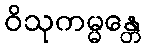
ဝိသုကမ္မန္တေ